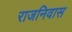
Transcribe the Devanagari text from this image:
राजनिवास